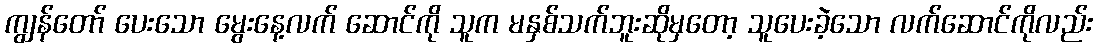
ကျွန်တော် ပေးသော မွေးနေ့လက် ဆောင်ကို သူက မနှစ်သက်ဘူးဆိုမှတော့ သူပေးခဲ့သော လက်ဆောင်ကိုလည်း